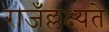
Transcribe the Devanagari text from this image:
राजँल्लक्ष्यते